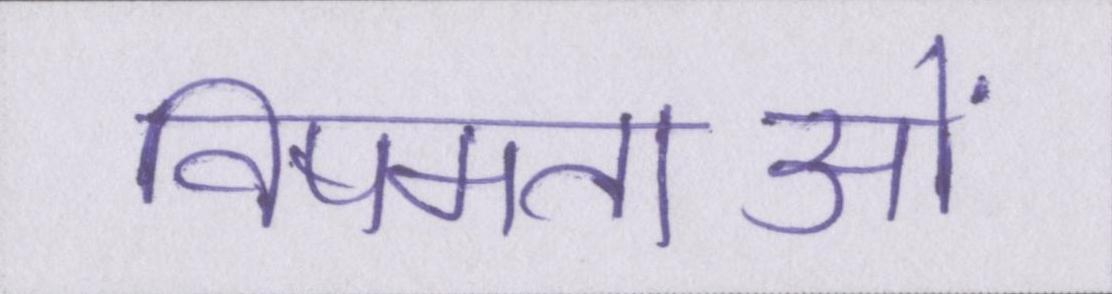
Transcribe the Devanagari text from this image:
विषमताओं